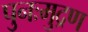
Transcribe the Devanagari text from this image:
पुनःमुद्रण